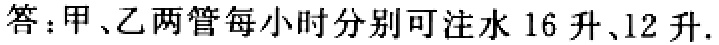
答：甲、乙两管每小时分别可注水 16 升、12 升.